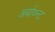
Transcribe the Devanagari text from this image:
अर्बाथ्न्ट